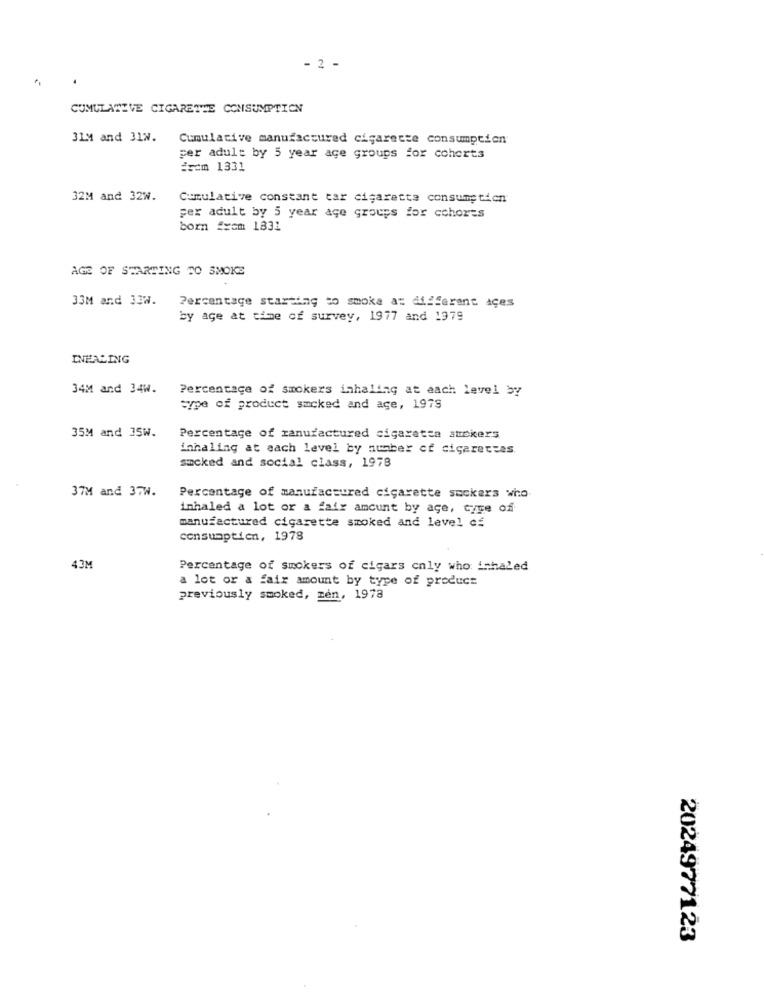
- 2 -
CUMULATIVE CIGARETTE CONSUMPTION
31M and 312.
Cumulative manufactured cigarette consumption
per adult by 5 year age groups for cohorts
irem 1331
32M and 32W.
Cumulative constant car cigarette consumption
per adult by 5 year age groups for cohorts
born fxcm 1831
AGE OF STARTING TO SMOKE
33M and 33W.
Percentage starting to smoke at different aces
by age at time of survey, 1977 and 1979
INHALING
34M and 34W.
Percentage of smokers inhaling at each level by
type of product smoked and age, 1979
35M and 35W.
Percentage of manufactured cigaretta atekers
inhaling at each level by number of cigarettes
smoked and social class, 1978
37M and 37W.
Percentage of manufactured cigarette suckers who.
inhaled a lot or a fair amount by age, cyte of
manufactured cigarette smoked and level cf
consumptien, 1978
43M
Percentage of smokers of cigars cnly who inhaled
a lot or & fair amount by type of product
previously smoked, men, 1978
2024977123